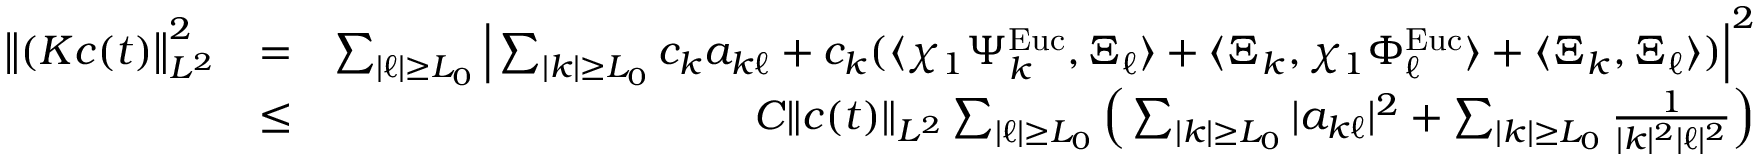
\begin{array} { r l r } { \big \| ( K c ( t ) \big \| _ { L ^ { 2 } } ^ { 2 } } & { = } & { \sum _ { | \ell | \geq L _ { 0 } } \Big | \sum _ { | k | \geq L _ { 0 } } c _ { k } a _ { k \ell } + c _ { k } ( \langle \chi _ { 1 } \Psi _ { k } ^ { \mathrm { E u c } } , \Xi _ { \ell } \rangle + \langle \Xi _ { k } , \chi _ { 1 } \Phi _ { \ell } ^ { \mathrm { E u c } } \rangle + \langle \Xi _ { k } , \Xi _ { \ell } \rangle ) \Big | ^ { 2 } } \\ & { \leq } & { C \| c ( t ) \| _ { L ^ { 2 } } \sum _ { | \ell | \geq L _ { 0 } } \Big ( \sum _ { | k | \geq L _ { 0 } } | a _ { k \ell } | ^ { 2 } + \sum _ { | k | \geq L _ { 0 } } \frac { 1 } { | k | ^ { 2 } | \ell | ^ { 2 } } \Big ) } \end{array}